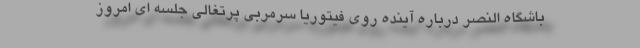
باشگاه النصر درباره آینده روی فیتوریا سرمربی پرتغالی جلسه ای امروز